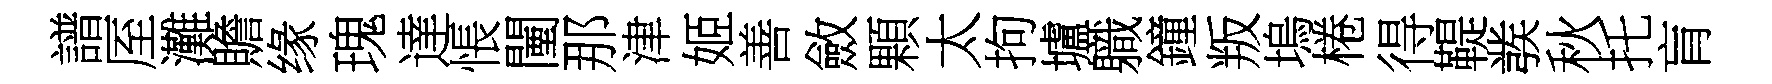
譜厔灘贍缘瑰達悵闉那津姬善斂顆太拘壚軄鐘叛塢棬得鞮彂秋托肓